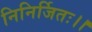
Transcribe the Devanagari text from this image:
निनिर्जितः।।